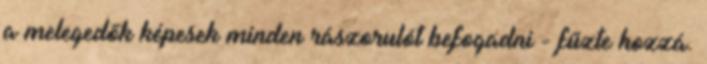
a melegedők képesek minden rászorulót befogadni - fűzte hozzá.